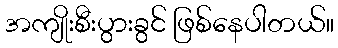
အကျိုးစီးပွားခွင် ဖြစ်နေပါတယ်။